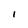
Character: I